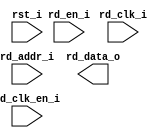
/*******************************************************************************
    Verilog netlist generated by IPGEN Lattice Radiant Software (64-bit)
    3.1.0.43.2
    Soft IP Version: 1.1.0
    2022 03 04 16:45:02
*******************************************************************************/
/*******************************************************************************
    Wrapper Module generated per user settings.
*******************************************************************************/
module rom_himax_cfg_20fps_ir (rd_clk_i, rst_i, rd_en_i, rd_clk_en_i,
    rd_addr_i, rd_data_o)/* synthesis syn_black_box syn_declare_black_box=1 */;
    input  rd_clk_i;
    input  rst_i;
    input  rd_en_i;
    input  rd_clk_en_i;
    input  [7:0]  rd_addr_i;
    output  [15:0]  rd_data_o;
endmodule